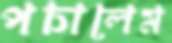
পচালেম